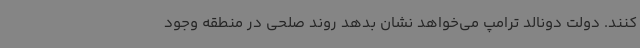
کنند. دولت دونالد ترامپ می‌خواهد نشان بدهد روند صلحی در منطقه وجود